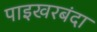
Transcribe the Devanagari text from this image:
पाइखरबंदा